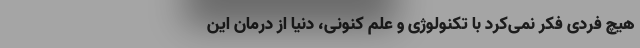
هیچ‌ فردی فکر نمی‌کرد با تکنولوژی و علم کنونی، دنیا از درمان این